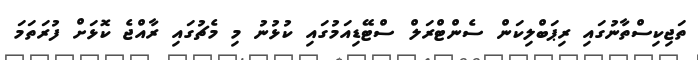
ތަޖިކިސްތާނުގައި ރިޕަބްލިކަން ސެންޓްރަލް ސްޓޭޑިއަމުގައި ކުޅުނު މި މެޗުގައި ރާއްޖެ ކޮޅަށް ފުރަތަމަ